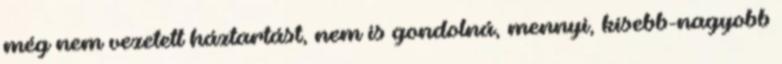
még nem vezetett háztartást, nem is gondolná, mennyi, kisebb-nagyobb